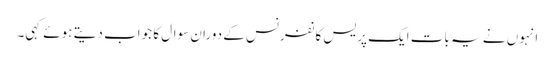
انہوں نے یہ بات ایک پریس کانفرنس کے دوران سوال کا جواب دیتے ہوئے کہی۔